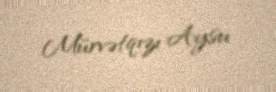
Mürvətqızı Aysu